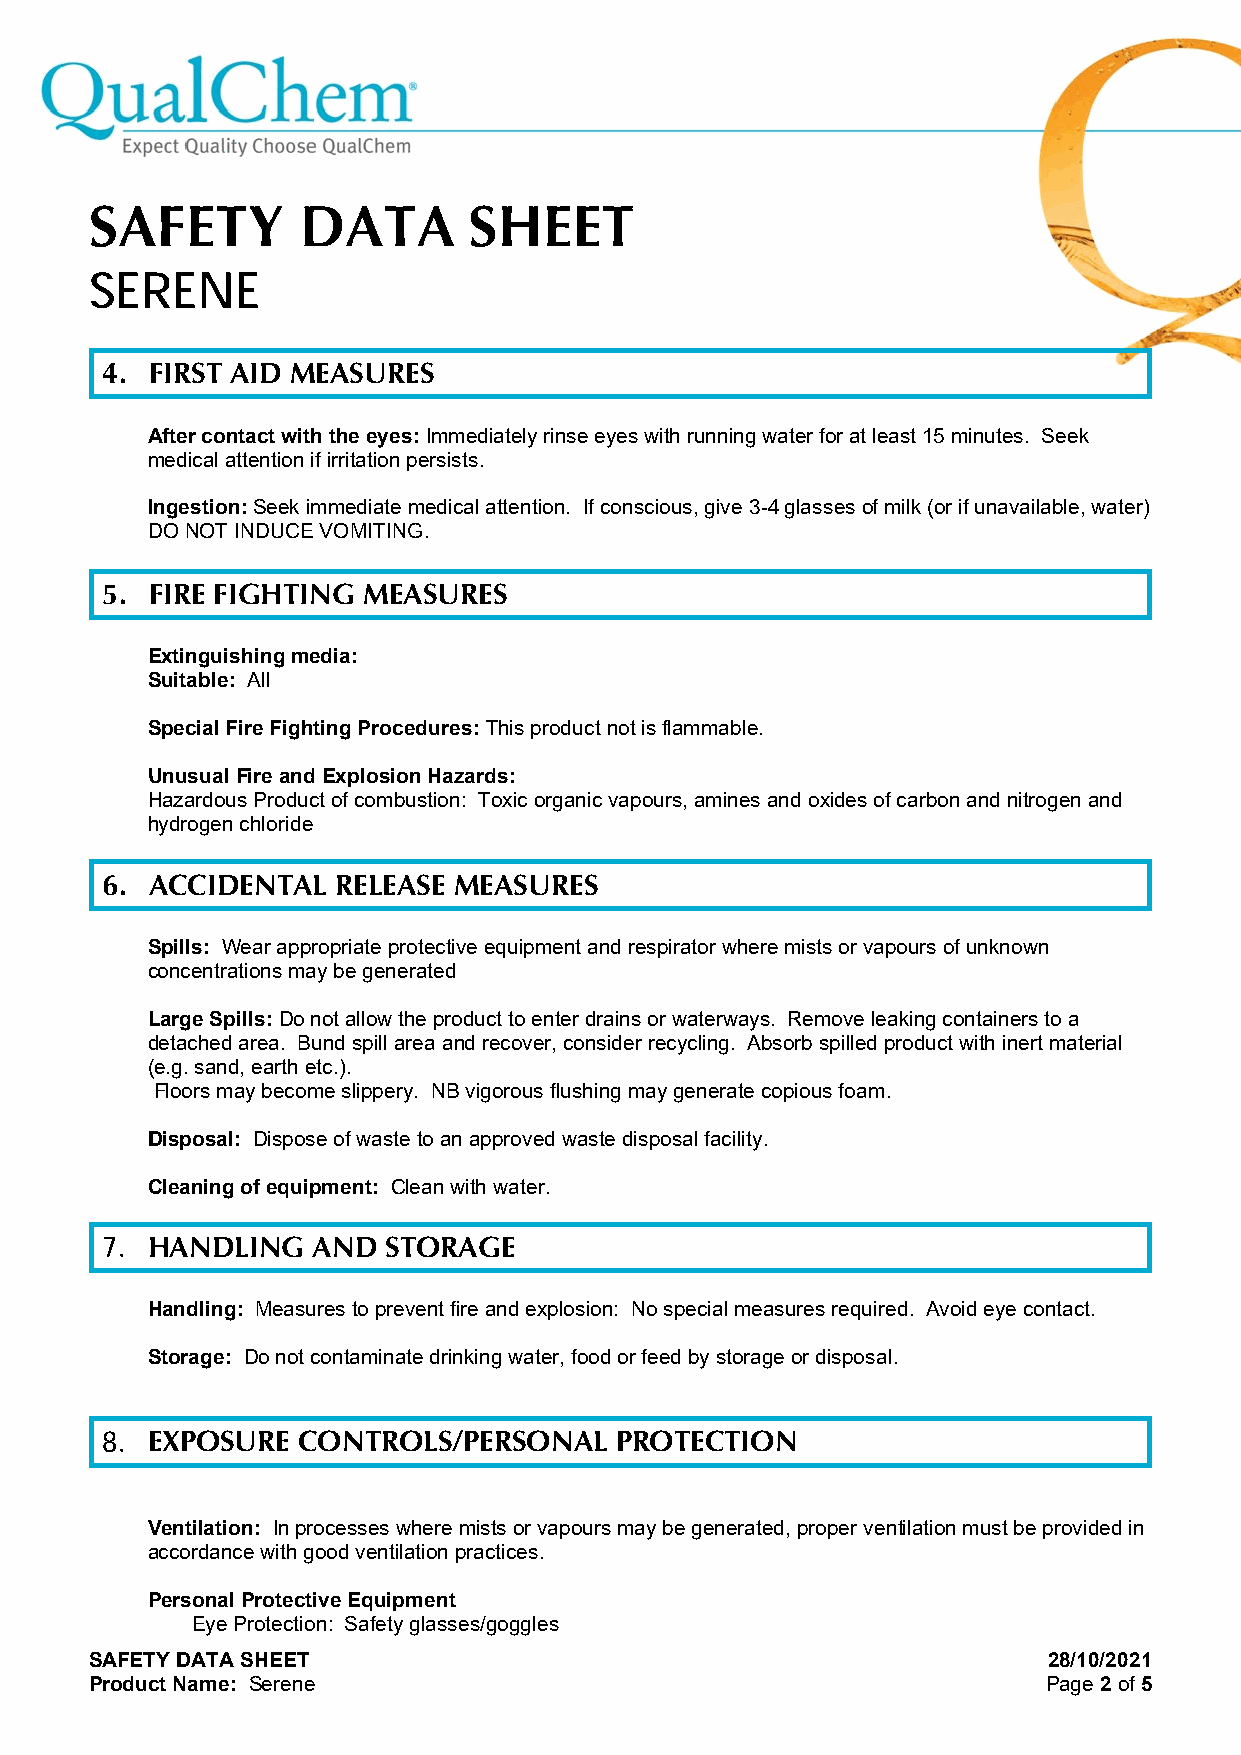
SAFETY        DATA       SHEET
 SERENE
 4. FIRST AID MEASURES
 After contact with the eyes: Immediately rinse eyes with running water for at least 15 minutes. Seek
 medical attention if irritation persists.
 Ingestion: Seek immediate medical attention. If conscious, give 3-4 glasses of milk (or if unavailable, water)
 DO NOT INDUCE VOMITING.
 5. FIRE FIGHTING MEASURES
 Extinguishing media:
 Suitable: All
 Special Fire Fighting Procedures: This product not is flammable.
 Unusual Fire and Explosion Hazards:
 Hazardous Product of combustion: Toxic organic vapours, amines and oxides of carbon and nitrogen and
 hydrogen chloride
 6. ACCIDENTAL  RELEASE MEASURES
 Spills: Wear appropriate protective equipment and respirator where mists or vapours of unknown
 concentrations may be generated
 Large Spills: Do not allow the product to enter drains or waterways. Remove leaking containers to a
 detached area. Bund spill area and recover, consider recycling. Absorb spilled product with inert material
 (e.g. sand, earth etc.).
 Floors may become slippery. NB vigorous flushing may generate copious foam.
 Disposal: Dispose of waste to an approved waste disposal facility.
 Cleaning of equipment: Clean with water.
 7. HANDLING   AND  STORAGE
 Handling: Measures to prevent fire and explosion: No special measures required. Avoid eye contact.
 Storage: Do not contaminate drinking water, food or feed by storage or disposal.
 8. EXPOSURE  CONTROLS/PERSONAL    PROTECTION
 Ventilation: In processes where mists or vapours may be generated, proper ventilation must be provided in
 accordance with good ventilation practices.
 Personal Protective Equipment
 Eye Protection: Safety glasses/goggles
 SAFETY DATA SHEET                                              28/10/2021
 Product Name: Serene                                           Page 2 of 5